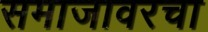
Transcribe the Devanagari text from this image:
समाजावरचा